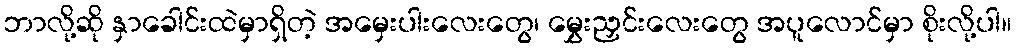
ဘာလို့ဆို နှာခေါင်းထဲမှာရှိတဲ့ အမှေးပါးလေးတွေ၊ မွှေးညှင်းလေးတွေ အပူလောင်မှာ စိုးလို့ပါ။